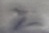
Text: 2